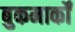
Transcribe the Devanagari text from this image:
बुकमार्कों